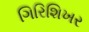
ગિરિશિખર